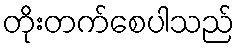
တိုးတက်စေပါသည်